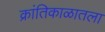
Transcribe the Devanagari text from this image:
क्रांतिकाळातला